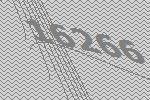
16266